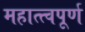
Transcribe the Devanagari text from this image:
महात्त्वपूर्ण